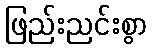
ဖြည်းညင်းစွာ